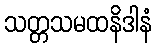
သတ္တသမထနိဒါနံ